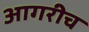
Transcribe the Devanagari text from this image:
आगरीच